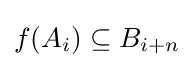
f(A_{i})\subseteq B_{i+n}